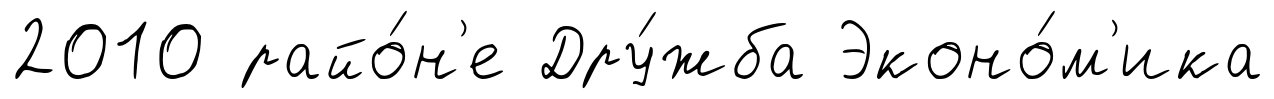
2010 райо́н'е Дру́жба Эконо́м'ика